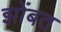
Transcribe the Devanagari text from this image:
झोंबत